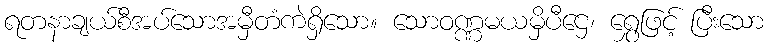
ရတနာချယ်စီအပ်သောအမှီတံကဲရှိသော။ သောဝဏ္ဏမယမှိပီဌေ၊ ရွှေဖြင့် ပြီးသော